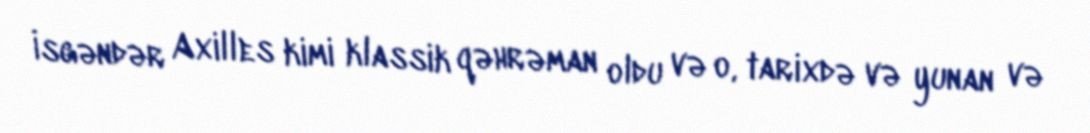
İsgəndər Axilles kimi klassik qəhrəman oldu və o, tarixdə və yunan və